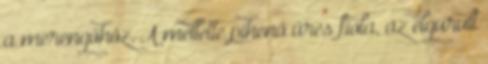
a merengőhöz. A mellette pihenő üres fiola, az elgurult